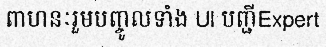
ពាហនៈរួមបញ្ចូលទាំង Ul បញ្ជីExpert